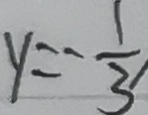
y = - \frac { 1 } { 3 }